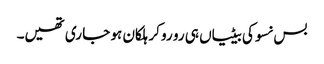
بس نسوکی بیٹیاں ہی رو رو کر ہلکان ہو جا ری تھیں۔